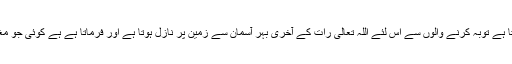
انہوںنے کہا کہ اللہ محبت کرتا ہے توبہ کرنے والوں سے اس لئے اللہ تعالیٰ رات کے آخری بہر آسمان سے زمین پر نازل ہوتا ہے اور فرماتا ہے ہے کوئی جو مغفرت چاہے میں معاف کردوں۔